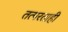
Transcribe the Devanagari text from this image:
तत्परताही